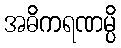
အဓိကရဏမ္ပိ